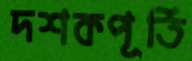
দশকপূর্তি